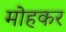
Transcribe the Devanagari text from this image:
मोहकर